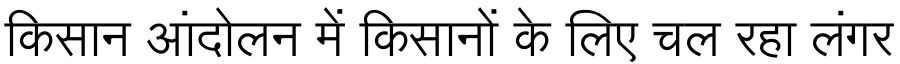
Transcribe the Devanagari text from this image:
किसान आंदोलन में किसानों के लिए चल रहा लंगर